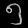
Digit: ၅